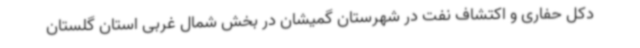
دکل حفاری و اکتشاف نفت در شهرستان گمیشان در بخش شمال غربی استان گلستان